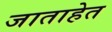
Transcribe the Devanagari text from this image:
जाताहेत